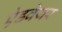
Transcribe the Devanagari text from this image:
ऐडवेयर